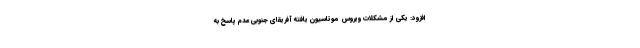
افزود: یکی از مشکلات ویروس موتاسیون یافته آفریقای جنوبی عدم پاسخ به